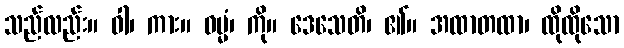
သည်လည်း။ ဝါ၊ ကား။ ဓမ္မံ၊ ကို။ ဒေသေတိ၊ ၏။ အထာတထာ၊ ထိုထိုသော